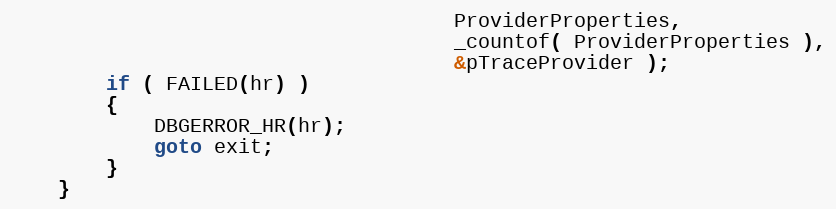
Language: C++
                                     ProviderProperties,
                                     _countof( ProviderProperties ),
                                     &pTraceProvider );
        if ( FAILED(hr) )
        {
            DBGERROR_HR(hr);
            goto exit;
        }
    }